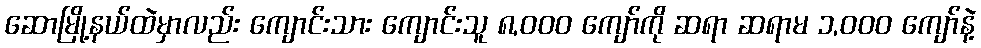
ဆောမြို့နယ်ထဲမှာလည်း ကျောင်းသား ကျောင်းသူ ၈,၀၀ဝ ကျော်ကို ဆရာ ဆရာမ ၁,၀၀၀ ကျော်နဲ့